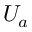
U _ { a }